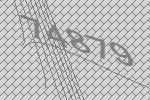
74879